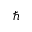
\hbar